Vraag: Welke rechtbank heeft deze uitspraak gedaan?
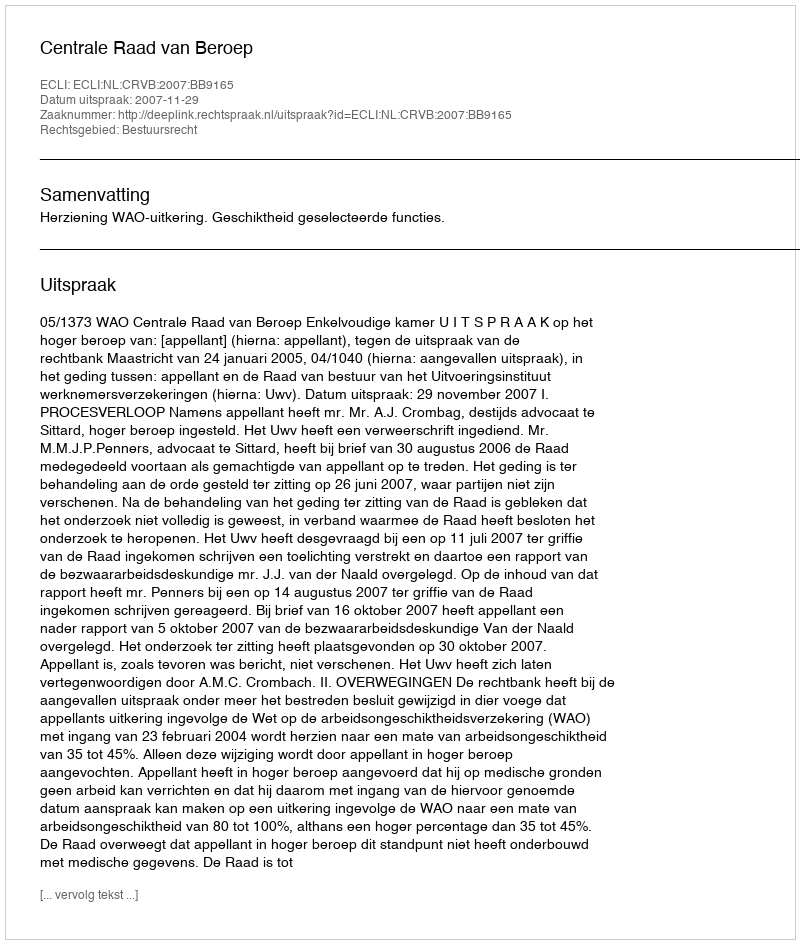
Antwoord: Centrale Raad van Beroep